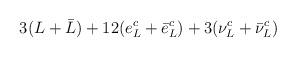
LaTeX: \begin{align*}3(L+\bar{L})+12(e^c_L +\bar{e}^c_L)+3(\nu^c_L +\bar{\nu}^c_L)\end{align*}